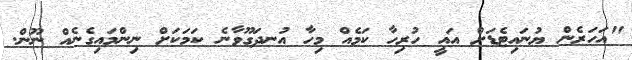
"އަހަރެން ޔުނައިޓެޑަށް އައީ ހުރިހާ ކަމެއް މިހާ އުނދަގޫވާނެ ކަމަކަށް ނިންމައިގެނެއް ނޫން.